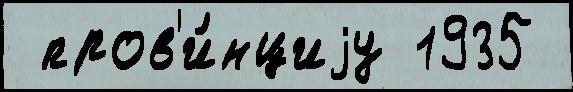
 пров'и́нциjу 1935